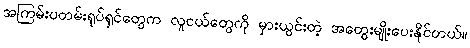
အကြမ်းပတမ်းရုပ်ရှင်တွေက လူငယ်တွေကို မှားယွင်းတဲ့ အတွေးမျိုးပေးနိုင်တယ်။